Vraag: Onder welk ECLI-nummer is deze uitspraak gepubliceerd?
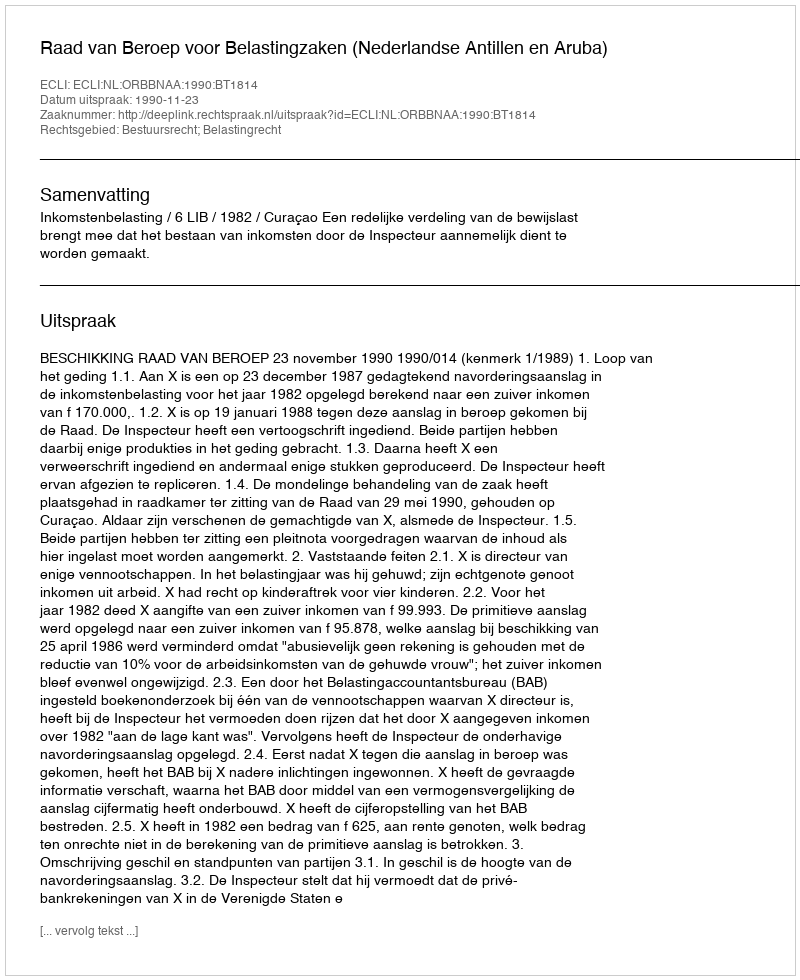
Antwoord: ECLI:NL:ORBBNAA:1990:BT1814